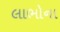
લાભોના